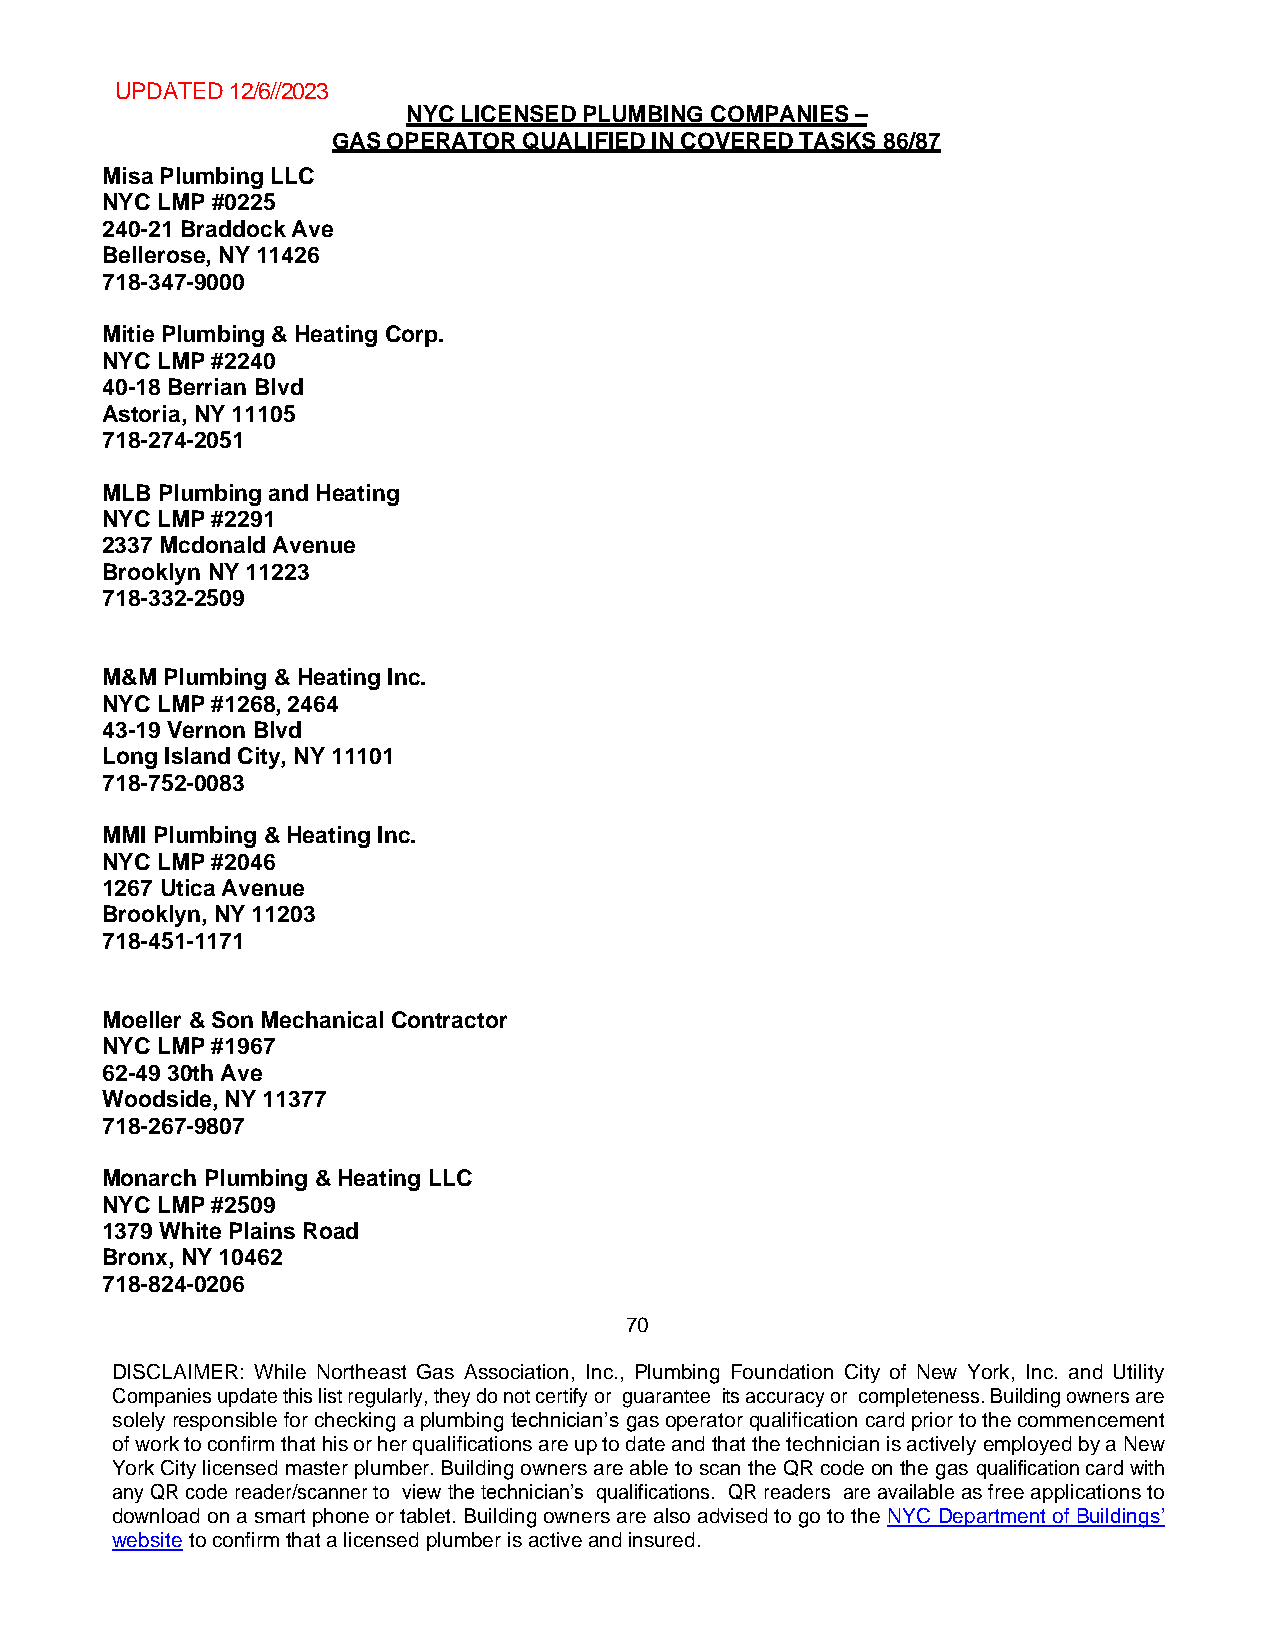
UPDATED 12/6//2023
 NYC LICENSED PLUMBING COMPANIES –
 GAS OPERATOR QUALIFIED IN COVERED TASKS 86/87
 Misa Plumbing LLC
 NYC LMP #0225
 240-21 Braddock Ave
 Bellerose, NY 11426
 718-347-9000
 Mitie Plumbing & Heating Corp.
 NYC LMP #2240
 40-18 Berrian Blvd
 Astoria, NY 11105
 718-274-2051
 MLB Plumbing and Heating
 NYC LMP #2291
 2337 Mcdonald Avenue
 Brooklyn NY 11223
 718-332-2509
 M&M Plumbing & Heating Inc.
 NYC LMP #1268, 2464
 43-19 Vernon Blvd
 Long Island City, NY 11101
 718-752-0083
 MMI Plumbing & Heating Inc.
 NYC LMP #2046
 1267 Utica Avenue
 Brooklyn, NY 11203
 718-451-1171
 Moeller & Son Mechanical Contractor
 NYC LMP #1967
 62-49 30th Ave
 Woodside, NY 11377
 718-267-9807
 Monarch Plumbing & Heating LLC
 NYC LMP #2509
 1379 White Plains Road
 Bronx, NY 10462
 718-824-0206
 70
 DISCLAIMER: While Northeast Gas Association, Inc., Plumbing Foundation City of New York, Inc. and Utility
 Companies update this list regularly, they do not certify or guarantee its accuracy or completeness. Building owners are
 solely responsible for checking a plumbing technician’s gas operator qualification card prior to the commencement
 of work to confirm that his or her qualifications are up to date and that the technician is actively employed by a New
 York City licensed master plumber. Building owners are able to scan the QR code on the gas qualification card with
 any QR code reader/scanner to view the technician’s qualifications. QR readers are available as free applications to
 download on a smart phone or tablet. Building owners are also advised to go to the NYC Department of Buildings’
 website to confirm that a licensed plumber is active and insured.